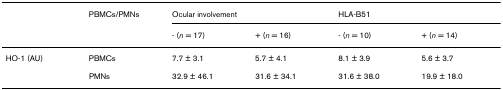
<table><thead><tr><td></td><td><b>PBMCs/PMNs</b></td><td colspan="2"><b>Ocular involvement</b></td><td colspan="2"><b>HLA-B51</b></td></tr><tr><td></td><td></td><td><b>- (<i>n </i>= 17)</b></td><td><b>+ (<i>n </i>= 16)</b></td><td><b>- (<i>n </i>= 10)</b></td><td><b>+ (<i>n </i>= 14)</b></td></tr></thead><tbody><tr><td>HO-1 (AU)</td><td>PBMCs</td><td>7.7 ± 3.1</td><td>5.7 ± 4.1</td><td>8.1 ± 3.9</td><td>5.6 ± 3.7</td></tr><tr><td></td><td>PMNs</td><td>32.9 ± 46.1</td><td>31.6 ± 34.1</td><td>31.6 ± 38.0</td><td>19.9 ± 18.0</td></tr></tbody></table>